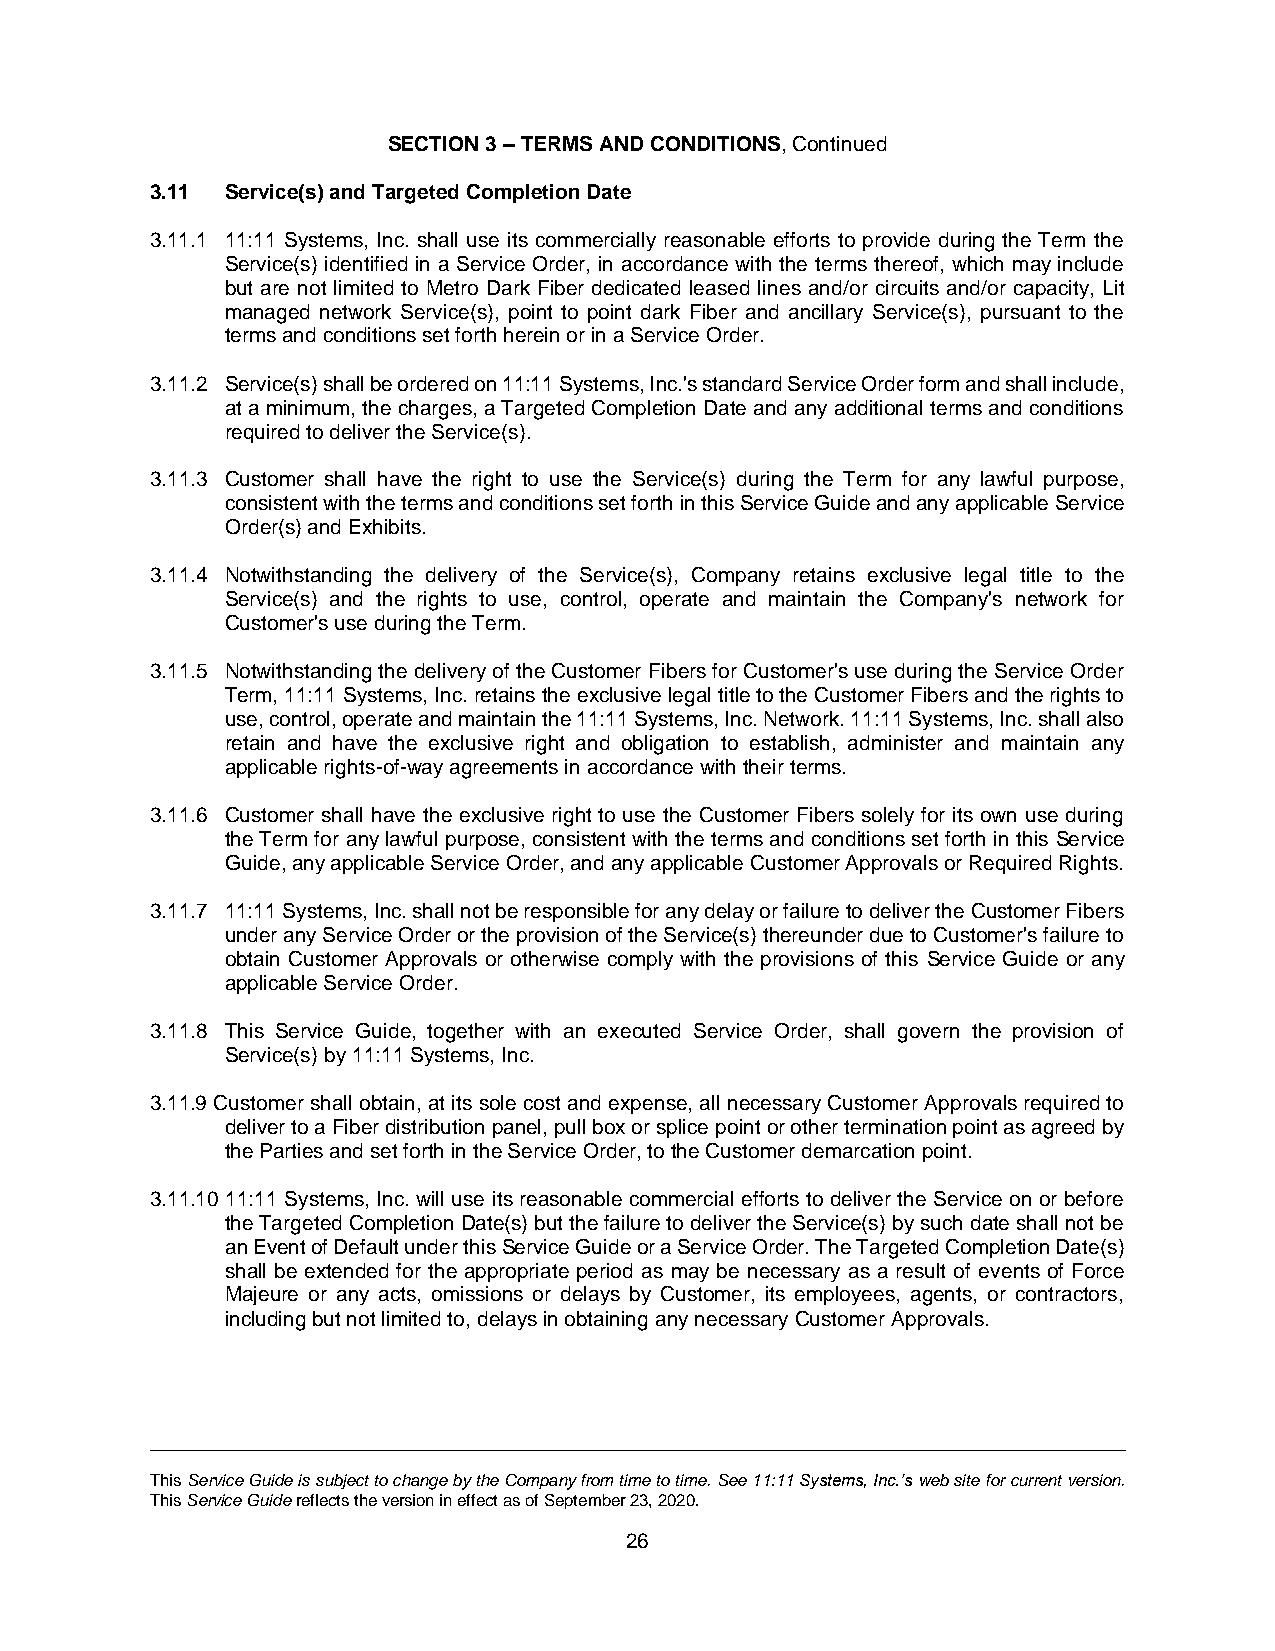
SECTION 3 – TERMS AND CONDITIONS, Continued
 3.11 Service(s) and Targeted Completion Date
 3.11.1 11:11 Systems, Inc. shall use its commercially reasonable efforts to provide during the Term the
 Service(s) identified in a Service Order, in accordance with the terms thereof, which may include
 but are not limited to Metro Dark Fiber dedicated leased lines and/or circuits and/or capacity, Lit
 managed network Service(s), point to point dark Fiber and ancillary Service(s), pursuant to the
 terms and conditions set forth herein or in a Service Order.
 3.11.2 Service(s) shall be ordered on 11:11 Systems, Inc.'s standard Service Order form and shall include,
 at a minimum, the charges, a Targeted Completion Date and any additional terms and conditions
 required to deliver the Service(s).
 3.11.3 Customer shall have the right to use the Service(s) during the Term for any lawful purpose,
 consistent with the terms and conditions set forth in this Service Guide and any applicable Service
 Order(s) and Exhibits.
 3.11.4 Notwithstanding the delivery of the Service(s), Company retains exclusive legal title to the
 Service(s) and the rights to use, control, operate and maintain the Company's network for
 Customer's use during the Term.
 3.11.5 Notwithstanding the delivery of the Customer Fibers for Customer's use during the Service Order
 Term, 11:11 Systems, Inc. retains the exclusive legal title to the Customer Fibers and the rights to
 use, control, operate and maintain the 11:11 Systems, Inc. Network. 11:11 Systems, Inc. shall also
 retain and have the exclusive right and obligation to establish, administer and maintain any
 applicable rights-of-way agreements in accordance with their terms.
 3.11.6 Customer shall have the exclusive right to use the Customer Fibers solely for its own use during
 the Term for any lawful purpose, consistent with the terms and conditions set forth in this Service
 Guide, any applicable Service Order, and any applicable Customer Approvals or Required Rights.
 3.11.7 11:11 Systems, Inc. shall not be responsible for any delay or failure to deliver the Customer Fibers
 under any Service Order or the provision of the Service(s) thereunder due to Customer's failure to
 obtain Customer Approvals or otherwise comply with the provisions of this Service Guide or any
 applicable Service Order.
 3.11.8 This Service Guide, together with an executed Service Order, shall govern the provision of
 Service(s) by 11:11 Systems, Inc.
 3.11.9 Customer shall obtain, at its sole cost and expense, all necessary Customer Approvals required to
 deliver to a Fiber distribution panel, pull box or splice point or other termination point as agreed by
 the Parties and set forth in the Service Order, to the Customer demarcation point.
 3.11.10 11:11 Systems, Inc. will use its reasonable commercial efforts to deliver the Service on or before
 the Targeted Completion Date(s) but the failure to deliver the Service(s) by such date shall not be
 an Event of Default under this Service Guide or a Service Order. The Targeted Completion Date(s)
 shall be extended for the appropriate period as may be necessary as a result of events of Force
 Majeure or any acts, omissions or delays by Customer, its employees, agents, or contractors,
 including but not limited to, delays in obtaining any necessary Customer Approvals.
 This Service Guide is subject to change by the Company from time to time. See 11:11 Systems, Inc.’s web site for current version.
 This Service Guide reflects the version in effect as of September 23, 2020.
 26